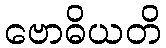
ဗောဓိယတိ